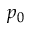
p _ { 0 }